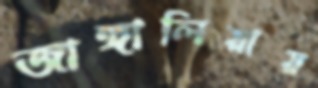
জাঙ্গালিয়ায়